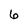
Character: 6